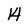
Character: 4